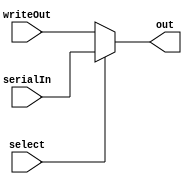
module mux( input wire writeOut, input wire serialIn, input wire select, output reg out);

always @(*) begin
	if(select) out = serialIn;
	else out = writeOut;
end

endmodule